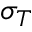
\sigma _ { T }